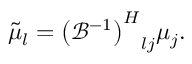
{ \tilde { \mu } } _ { l } = { { \left( { \mathcal { B } } ^ { - 1 } \right) } ^ { H } } _ { l j } { \mu } _ { j } .